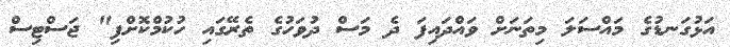
އަޅުގަނޑުގެ މައްސަލަ މިތަނަށް ވައްދައިފަ ދެ މަސް ދުވަހުގެ ތެރޭގައި ހުކުމްކޮށްފި" ޖަސްޓިސް